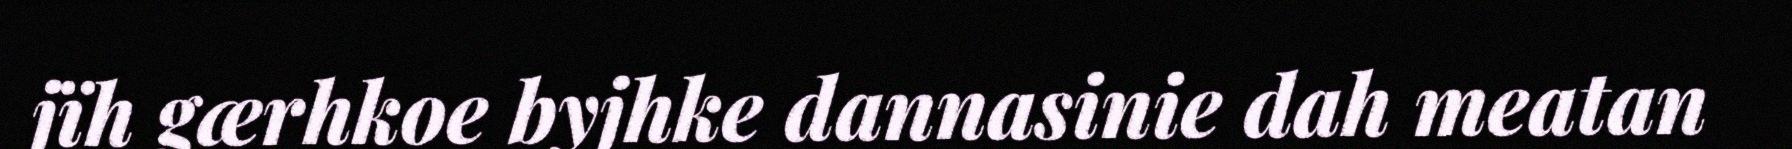
jïh gærhkoe byjhke dannasinie dah meatan